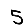
Digit: 5